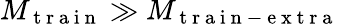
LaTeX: M_{\mathrm{~t~r~a~i~n~}}\gg M_{\mathrm{~t~r~a~i~n~-~e~x~t~r~a~}}